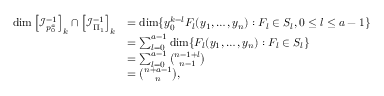
\begin{array} { r l } { \dim \left[ \mathcal { I } _ { p _ { 0 } ^ { a } } ^ { - 1 } \right] _ { k } \cap \left[ \mathcal { I } _ { \Pi _ { 1 } } ^ { - 1 } \right] _ { k } } & { = \dim \{ y _ { 0 } ^ { k - l } F _ { l } ( y _ { 1 } , \dots , y _ { n } ) : F _ { l } \in S _ { l } , 0 \le l \le a - 1 \} } \\ & { = \sum _ { l = 0 } ^ { a - 1 } \dim \{ F _ { l } ( y _ { 1 } , \dots , y _ { n } ) : F _ { l } \in S _ { l } \} } \\ & { = \sum _ { l = 0 } ^ { a - 1 } { \binom { n - 1 + l } { n - 1 } } } \\ & { = { \binom { n + a - 1 } { n } } , } \end{array}